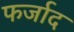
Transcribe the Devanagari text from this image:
फर्जाद